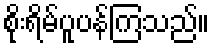
စိုးရိမ်ပူပန်ကြသည်။